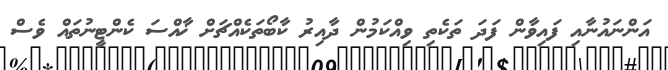
އަންނައުނާއި ފައިވާން ފަދަ ތަކެތި ވިއްކަމުން ދާއިރު ކާބޯތަކެއްޗަށް ޚާއްސަ ކެންޓީނުތައް ވެސް